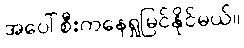
အပေါ်စီးကနေရှုမြင်နိုင်မယ်။